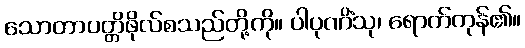
သောတာပတ္တိဖိုလ်စသည်တို့ကို။ ပါပုဏိံသု၊ ရောက်ကုန်၏။